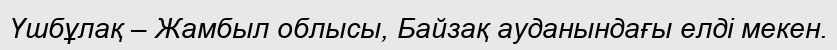
Үшбұлақ – Жамбыл облысы, Байзақ ауданындағы елді мекен.